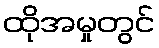
ထိုအမှုတွင်